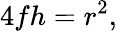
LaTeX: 4fh=r^{2},